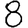
Digit: 8